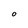
Character: O